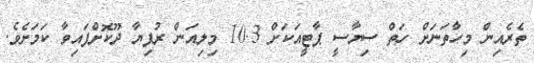
ތެރެއިން މިހާތަނަށް ހަތް ސިޔާސީ ޕާޓީއަކަށް 10.3 މިލިއަން ރުފިޔާ ދޫކޮށްފައިވާ ކަމަށެވެ.